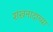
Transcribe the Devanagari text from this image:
शंखनादाच्या